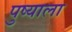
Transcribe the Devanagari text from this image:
पुष्याला